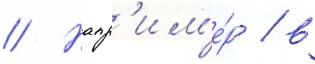
// Напр'им'е́р / в